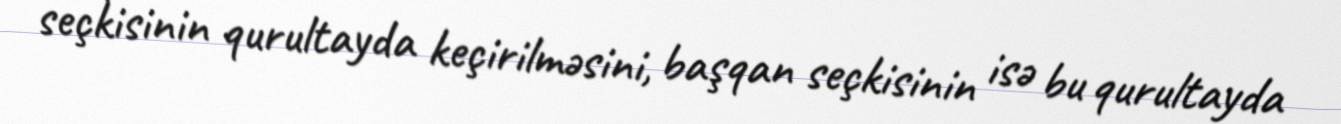
seçkisinin qurultayda keçirilməsini, başqan seçkisinin isə bu qurultayda